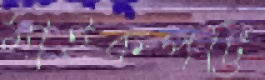
মাইকপট্টি